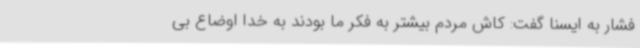
فشار به ایسنا گفت: کاش مردم بیشتر به فکر ما بودند به خدا اوضاع بی